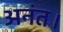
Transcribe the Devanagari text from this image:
अनंत।